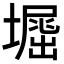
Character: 𡑥